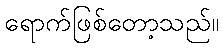
ရောက်ဖြစ်တော့သည်။